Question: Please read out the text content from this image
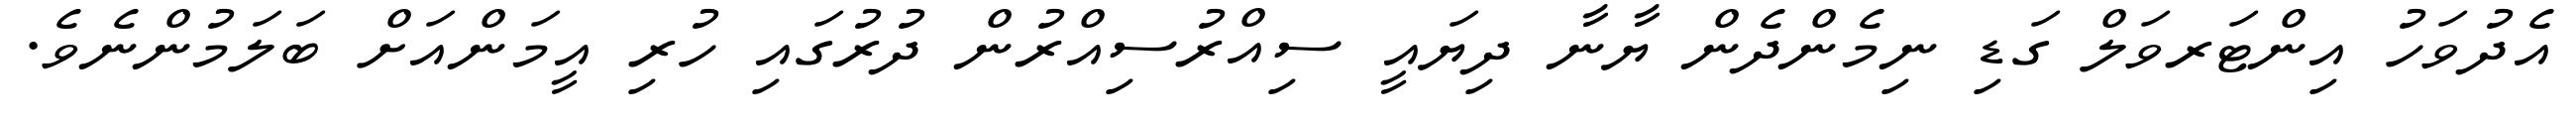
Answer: އެދުވަހު އިންޓަރވަލް ގަޑި ނިމެންދެން ޔާނާ ދިޔައީ ސިއްރުސިއްރުން ދުރުގައި ހުރި އީމަންއަށް ބަލަމުންނެވެ.